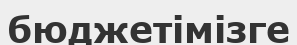
бюджетімізге